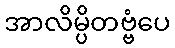
အာလိမ္ပိတဗ္ဗံပေ